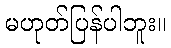
မဟုတ်ပြန်ပါဘူး။